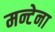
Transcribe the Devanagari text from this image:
मन्टेना